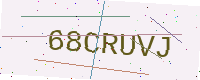
Text: 68CRUVJ